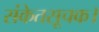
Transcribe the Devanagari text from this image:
संकेतसूचक।